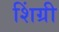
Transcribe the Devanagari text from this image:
शिंग्री